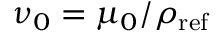
\nu _ { 0 } = \mu _ { 0 } / \rho _ { \mathrm { r e f } }